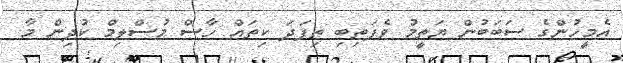
އެމީހުންގެ ސަބަބުން ޔަތީމު ވެފަތިބި ތިފަދަ ކިތައް ހާސް މުސްލިމް ކުދިން މާ